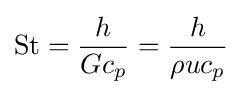
\mathrm {St} ={\frac {h}{Gc_{p}}}={\frac {h}{\rho uc_{p}}}